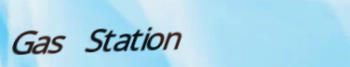
Gas Station